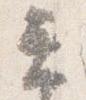
云